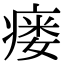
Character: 瘘